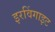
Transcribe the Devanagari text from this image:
इरविंगाइट